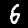
Digit: 6